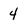
Character: 4